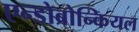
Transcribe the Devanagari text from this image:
एन्डोब्रोन्कियल